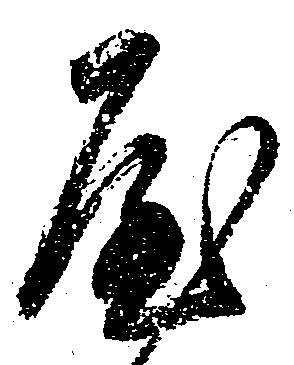
屋